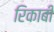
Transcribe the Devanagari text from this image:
रिकाबी